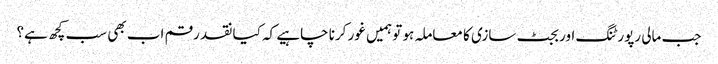
جب مالی رپورٹنگ اور بجٹ سازی کا معاملہ ہو تو ہمیں غور کرنا چاہیے کہ کیا نقد رقم اب بھی سب کچھ ہے؟